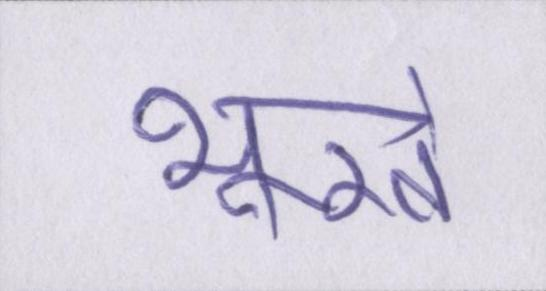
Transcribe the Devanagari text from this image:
भूखे